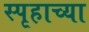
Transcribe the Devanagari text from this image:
स्पृहाच्या